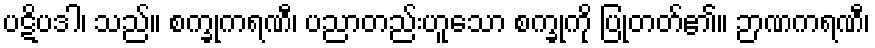
ပဋိပဒါ၊ သည်။ စက္ခုကရဏီ၊ ပညာတည်းဟူသော စက္ခုကို ပြုတတ်၏။ ဉာဏကရဏီ၊